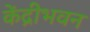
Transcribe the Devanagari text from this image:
केंद्रीभवन